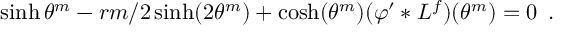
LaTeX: \sinh \theta ^ { m } - r m / 2 \sinh ( 2 \theta ^ { m } ) + \cosh ( \theta ^ { m } ) ( \varphi ^ { \prime } * L ^ { f } ) ( \theta ^ { m } ) = 0 \, \, \, .